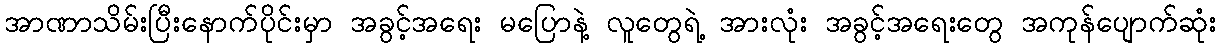
အာဏာသိမ်းပြီးနောက်ပိုင်းမှာ အခွင့်အရေး မပြောနဲ့ လူတွေရဲ့ အားလုံး အခွင့်အရေးတွေ အကုန်ပျောက်ဆုံး